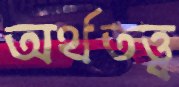
অর্থতত্ত্ব